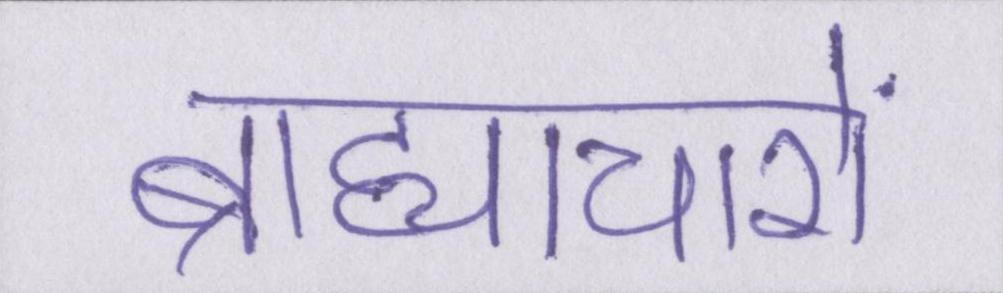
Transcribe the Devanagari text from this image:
ब्राह्याचारों